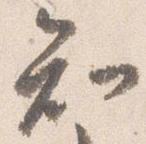
知